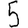
Digit: 5